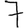
Digit: 7